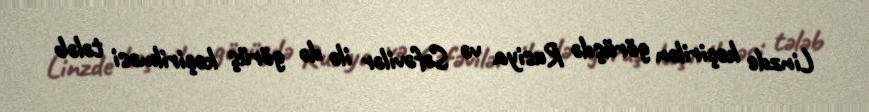
Linzde keçirilən görüşdə Rusiya və Səfəvilər ilə də görüş keçirilməsi tələb